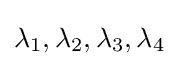
\lambda _{1},\lambda _{2},\lambda _{3},\lambda _{4}